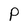
Character: P